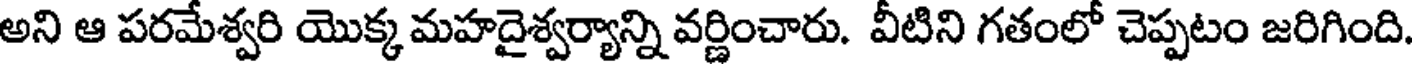
అని ఆ పరమేశ్వరి యొక్క మహదైశ్వర్యాన్ని వర్ణించారు. వీటిని గతంలో చెప్పటం జరిగింది